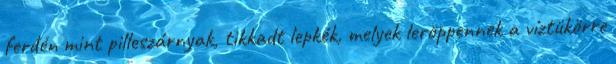
ferdén mint pilleszárnyak, tikkadt lepkék, melyek leröppennek a víztükörre